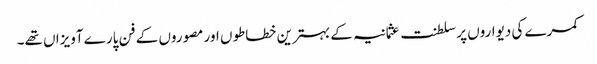
کمرے کی دیواروں پر سلطنت عثمانیہ کے بہترین خطاطوں اور مصوروں کے فن پارے آویزاں تھے۔